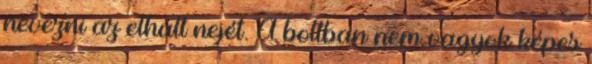
nevezni az elhalt nejét. A boltban nem vagyok képes